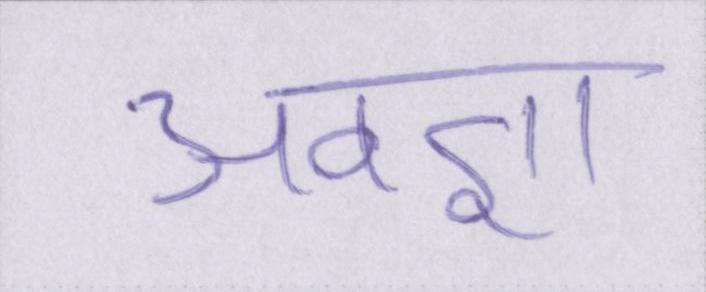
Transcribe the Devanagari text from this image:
अवज्ञा